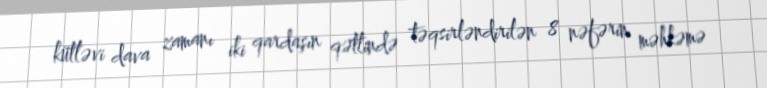
kütləvi dava zamanı iki qardaşın qətlində təqsirləndirilən 8 nəfərin məhkəmə